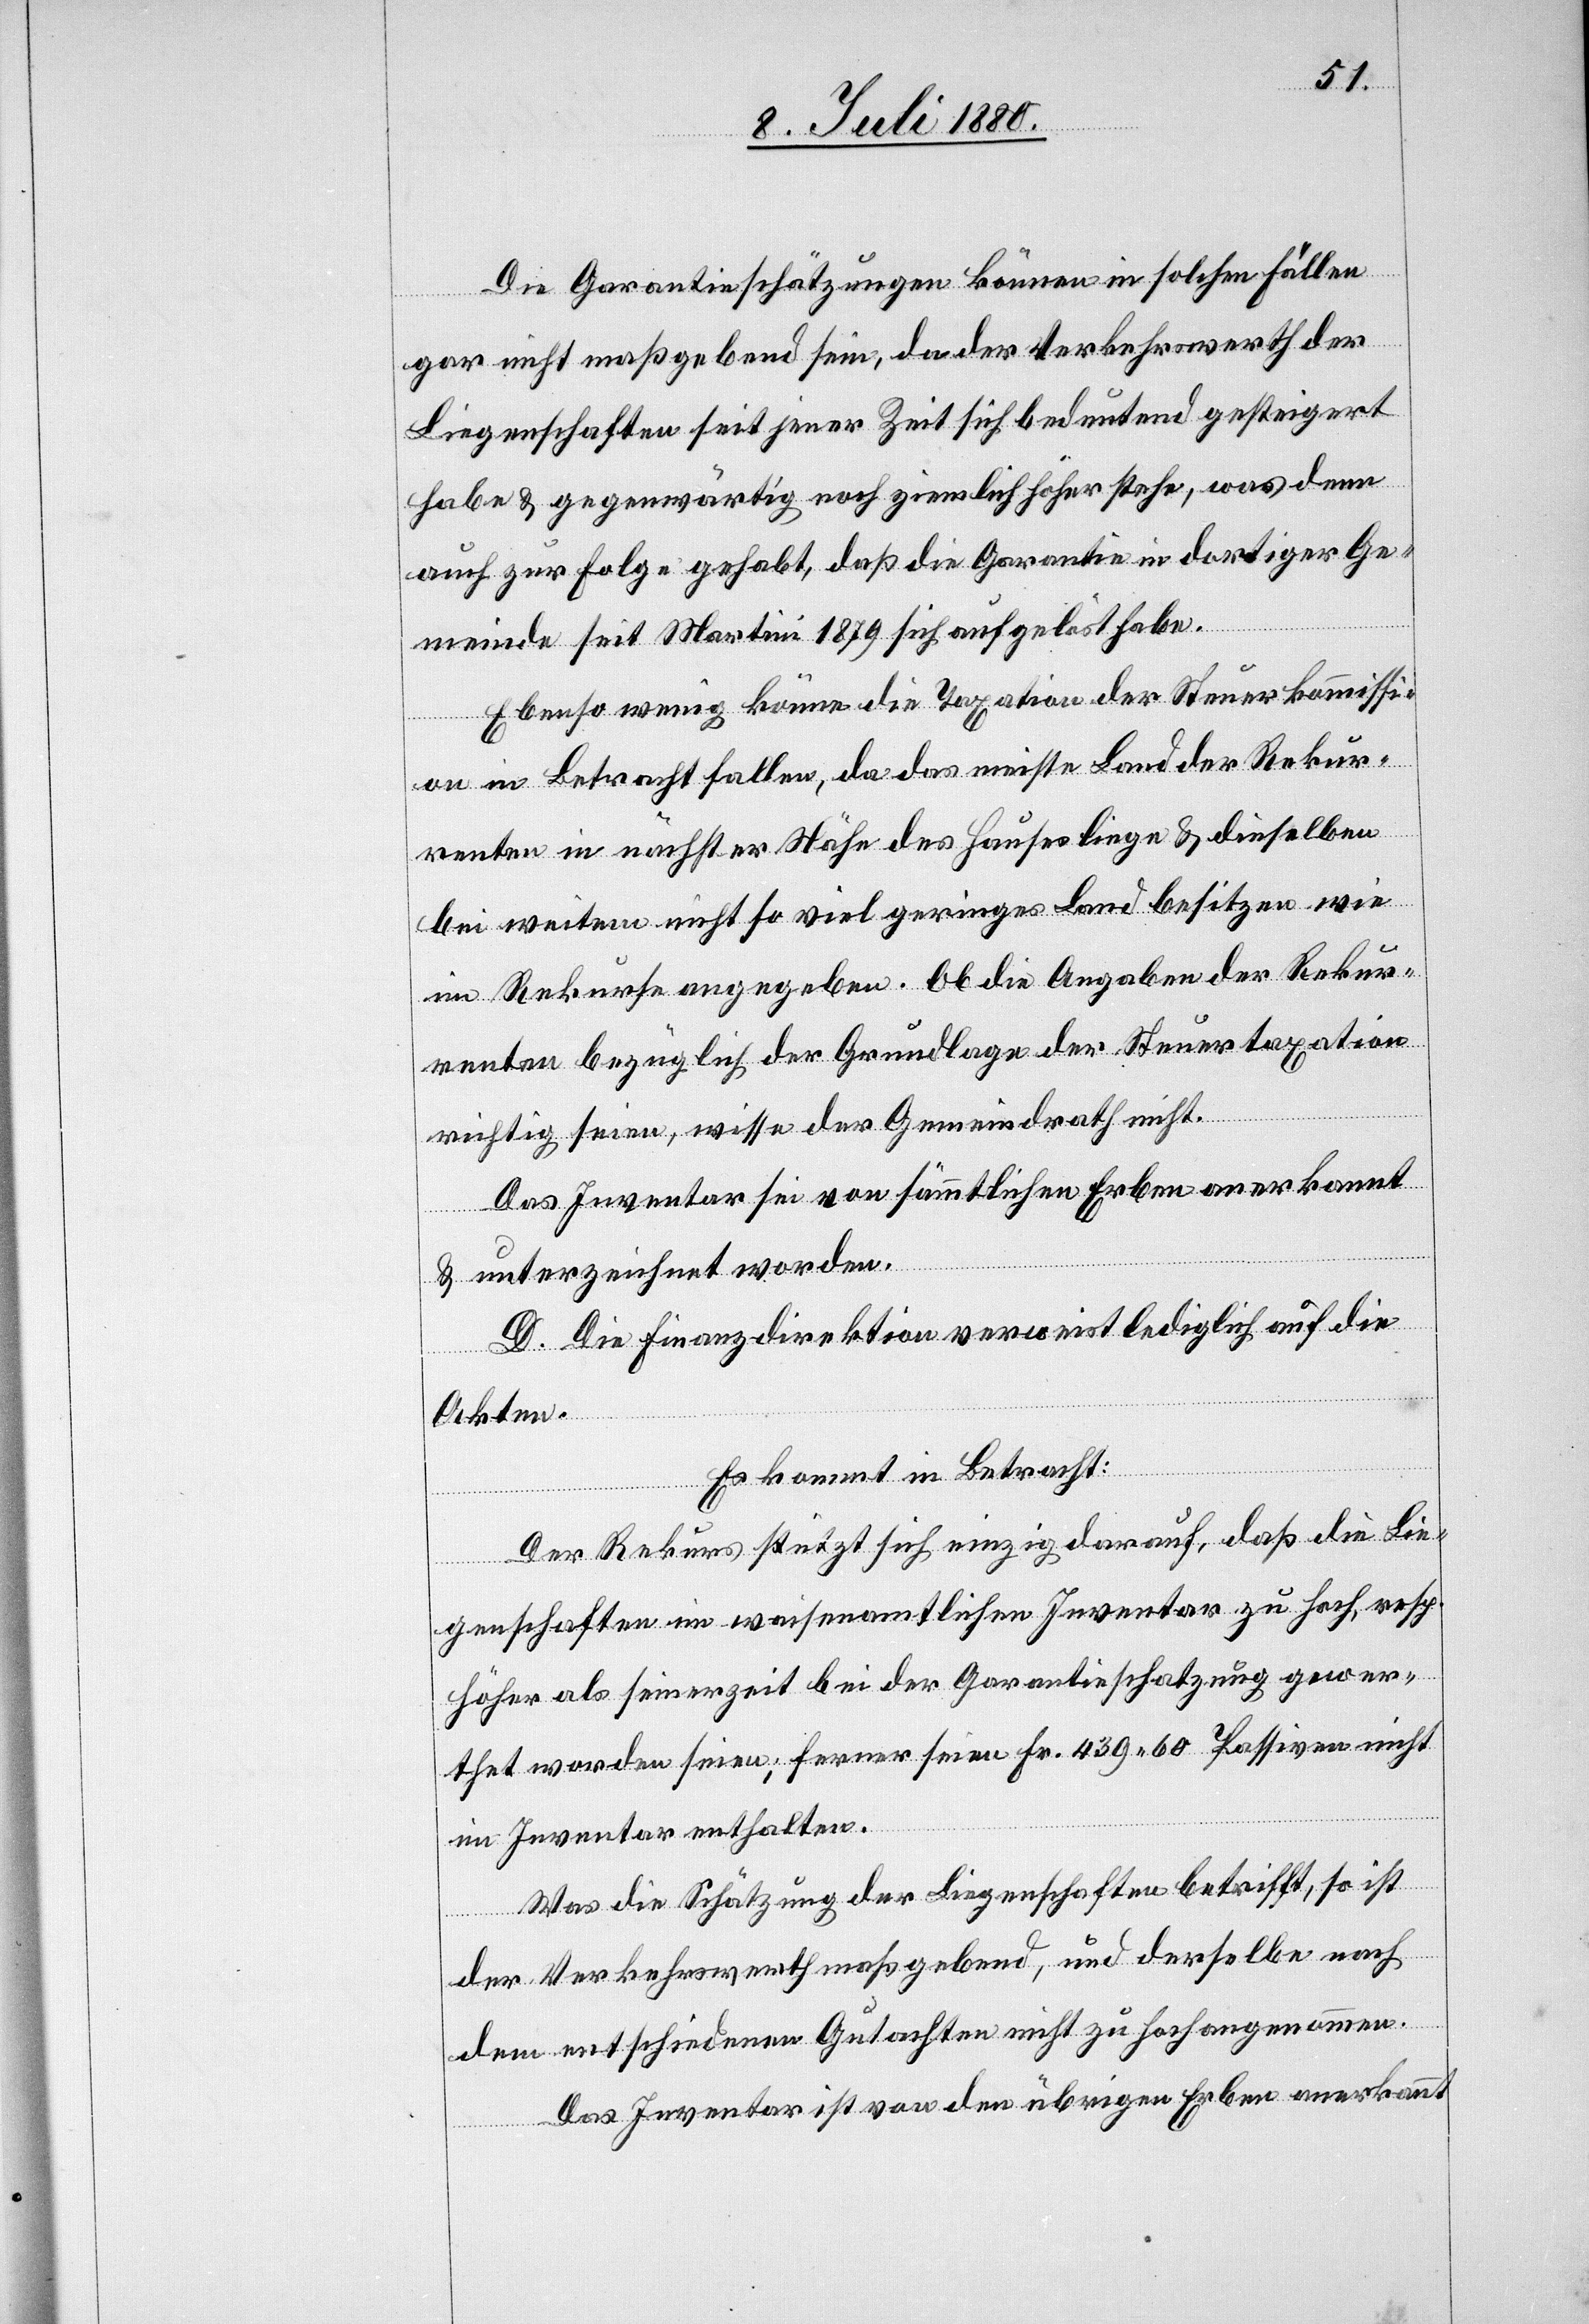
Die Garantieschätzungen können in solchen Fällen
gar nicht maßgebend sein, da der Verkehrswerth der
Liegenschaften seit jener Zeit sich bedeutend gesteigert
habe & gegenwärtig noch ziemlich höher stehe, was denn
auch zur Folge gehabt, daß die Garantie in dortiger Ge¬
meinde seit Martini 1879 sich aufgelöst habe.
Ebenso wenig könne die Taxation der Steuerkommissi¬
on in Betracht fallen, da das meiste Land der Rekur¬
renten in nächster Nähe des Hauses liege & dieselben
bei weitem nicht so viel geringes Land besitzen wie
im Rekurse angegeben. Ob die Angaben der Rekur¬
renten bezüglich der Grundlage der Steuertaxation
richtig seien, wisse der Gemeindrath nicht.
Das Inventar sei von sämmtlichen Erben anerkannt
& unterzeichnet worden.
D. Die Finanzdirektion verweist lediglich auf die
Akten.
Es kommt in Betracht:
Der Rekurs stützt sich einzig darauf, daß die Lie¬
genschaften im waisenamtlichen Inventar zu hoch, resp.
höher als seinerzeit bei der Garantieschatzung gewer¬
thet worden seien; ferner seien Fr. 439 60 Passiven nicht
im Inventar enthalten.
Was die Schätzung der Liegenschaften betrifft, so ist
der Verkehrswerth maßgebend, und derselbe nach
dem entschiedenen Gutachten nicht zu hoch angenommen.
Das Inventar ist von den übrigen Erben anerkannt